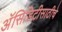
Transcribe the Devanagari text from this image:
अॅसिडिटीसाठीचे